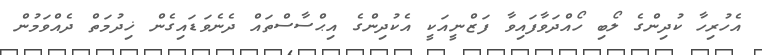
އެހުރިހާ ކުދިންގެ ލޯބި ހޯއްދަވާފައިވާ ފަޒްނީއަކީ އެކުދިންގެ އިޙްސާސްތައް ދެނެވަޑައިގެން ޚިދުމަތް ދެއްވަމުން